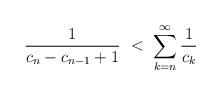
LaTeX: \begin{align*}\frac{1}{c_{n}-c_{n-1}+1} \ <\ \sum_{k = n}^{\infty} \frac{1}{c_{k}}\end{align*}